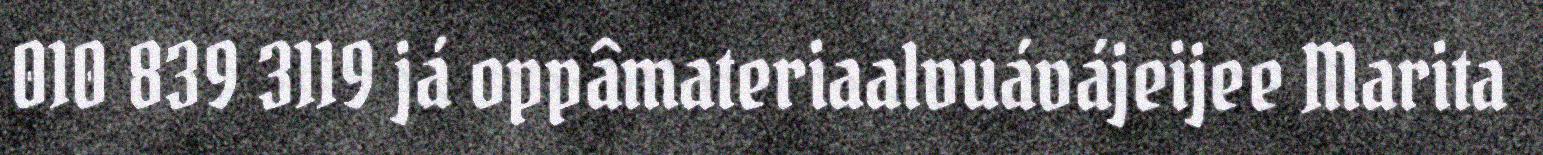
010 839 3119 já oppâmateriaalvuávájeijee Marita